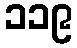
၁၁၉